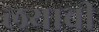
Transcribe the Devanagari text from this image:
लयाची